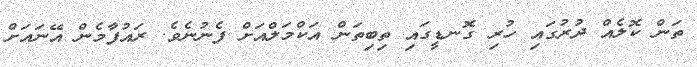
ތަން ކޮލެއް ދުރުގައި ހުރި ގޮނޑީގައި ތިބިތަން އަކްމަލްއަށް ފެނުނެވެ. ރައުފާމެން އޭނައަށް